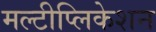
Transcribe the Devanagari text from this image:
मल्टीप्लिकेशन